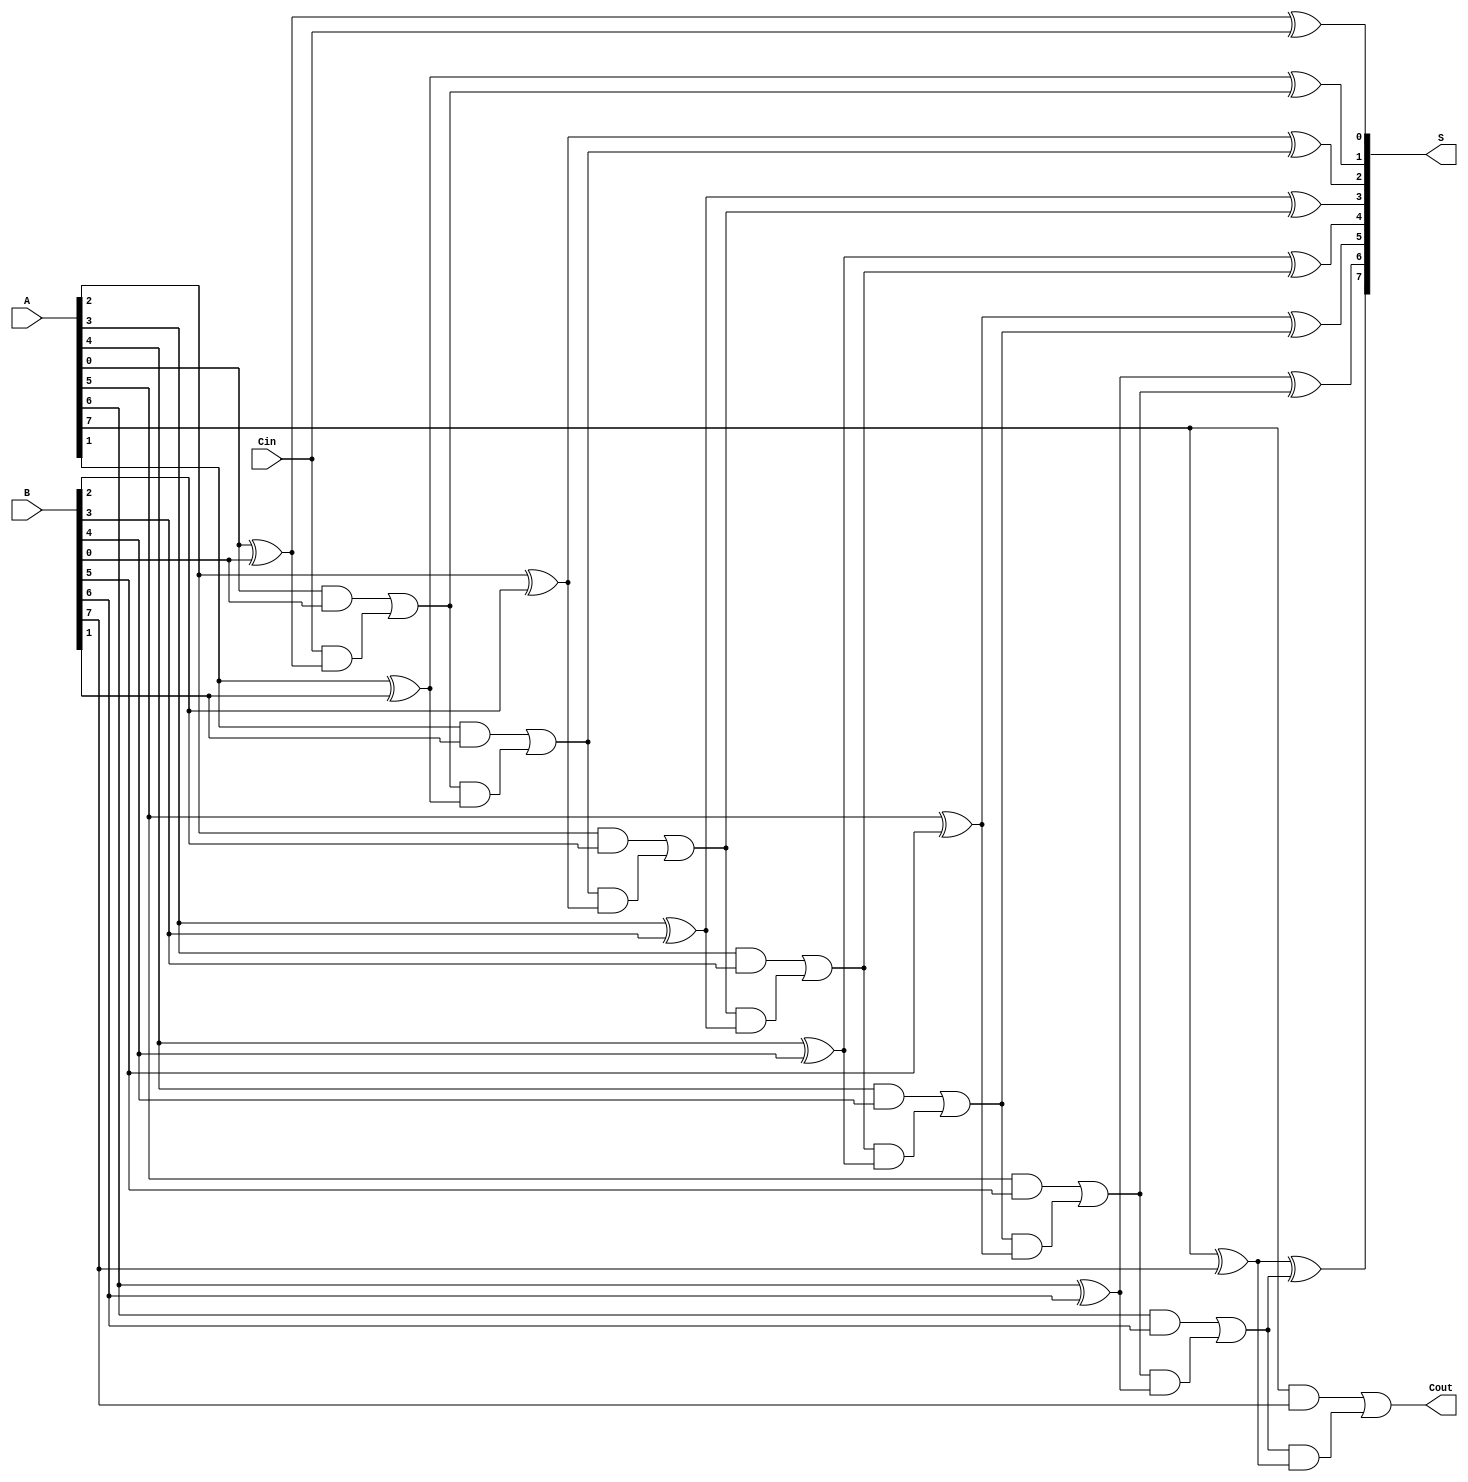
module ManchesterCarryChainAdder #(parameter N = 8) (
    input  [N-1:0] A,      // First n-bit input
    input  [N-1:0] B,      // Second n-bit input
    input          Cin,     // Carry-in
    output [N-1:0] S,      // n-bit sum output
    output         Cout     // Carry-out
);

    wire [N:0] carry; // Carry signals (N+1 to accommodate the carry-out)

    assign carry[0] = Cin; // Initial carry-in

    // Full adder instantiation for each bit
    genvar i;
    generate
        for (i = 0; i < N; i = i + 1) begin : full_adder
            // Full adder logic
            assign S[i] = A[i] ^ B[i] ^ carry[i]; // Sum output
            assign carry[i + 1] = (A[i] & B[i]) | (carry[i] & (A[i] ^ B[i])); // Carry-out
        end
    endgenerate

    assign Cout = carry[N]; // Final carry-out

endmodule